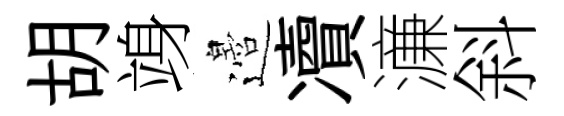
胡竧邉凟濓斜